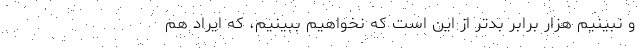
و نبینیم هزار برابر بدتر از این است که نخواهیم ببینیم، که ایراد هم